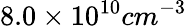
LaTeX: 8.0\times 10^{10}cm^{-3}